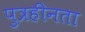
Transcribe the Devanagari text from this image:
पुत्रहीनता